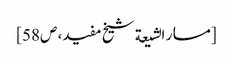
[مسار الشیعة شیخ مفید، ص58]